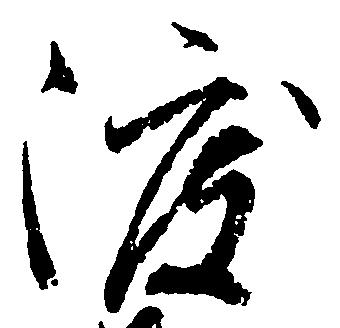
渡